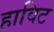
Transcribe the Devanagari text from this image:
हाविट